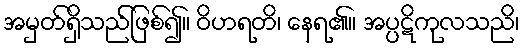
အမှတ်ရှိသည်ဖြစ်၍။ ဝိဟရတိ၊ နေရ၏။ အပ္ပဋိကုလသညိ၊